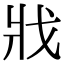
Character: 戕